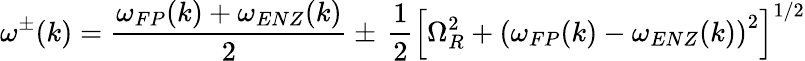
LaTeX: \omega^{\pm}(k)=\frac{\omega_{FP}(k)+\omega_{ENZ}(k)}{2}\pm\, \frac{1}{2}\left[\Omega_{R}^{2}+\left(\omega_{FP}(k)-\omega_{ENZ}(k)\right)^{2}\right]^{1/2}